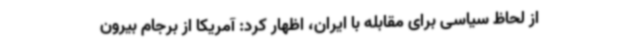
از لحاظ سیاسی برای مقابله با ایران، اظهار کرد: آمریکا از برجام بیرون